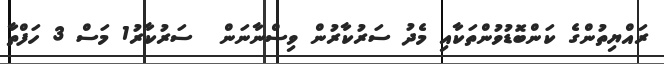
ރައްޔިތުންގެ ކަންބޮޑުވުންތަކާއި މެދު ސަރުކާރުން ވިސްނާނަން  ސަރުކާރު1 މަސް 3 ހަފްތާ